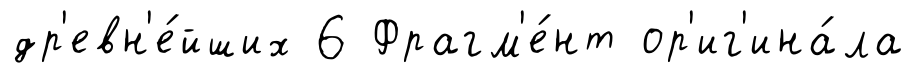
др'евн'е́йших 6 Фрагм'е́нт ор'иг'ина́ла